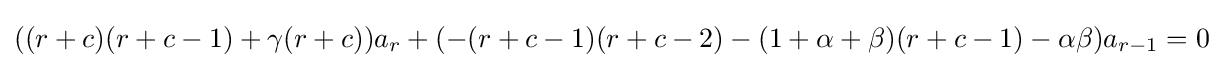
((r+c)(r+c-1)+\gamma (r+c))a_{r}+(-(r+c-1)(r+c-2)-(1+\alpha +\beta )(r+c-1)-\alpha \beta )a_{r-1}=0